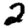
Digit: 2